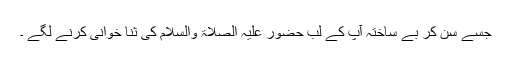
جسے سن کر بے ساختہ آپ کے لب حضور علیہ الصلاۃ والسلام کی ثنا خوانی کرنے لگے ۔